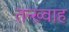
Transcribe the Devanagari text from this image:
तन्ख़्वाह